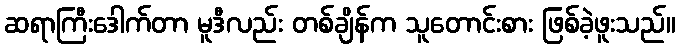
ဆရာကြီးဒေါက်တာ မူဒီလည်း တစ်ချိန်က သူတောင်းစား ဖြစ်ခဲ့ဖူးသည်။